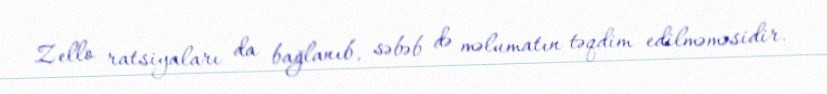
Zello ratsiyaları da bağlanıb, səbəb də məlumatın təqdim edilməməsidir.